Scottish Leaving Certificate Examination, 1955
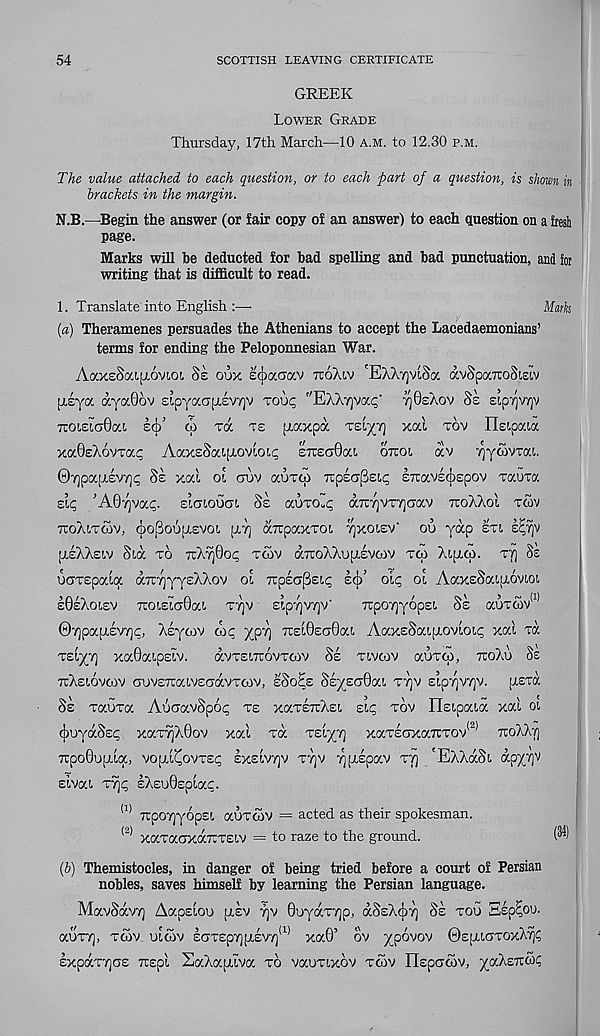
54
SCOTTISH LEAVING CERTIFICATE
GREEK
Lower Grade
Thursday, 17th March—10 a.m. to 12.30 p.m.
The value attached to each question, or to each part of a question, is shown in
brackets in the margin.
N.B.—Begin the answer (or fair copy of an answer) to each question on a fresh
page.
Marks will be deducted for bad spelling and bad punctuation, and for
writing that is difficult to read.
1. Translate into English :—
Maris
(a) Theramenes persuades the Athenians to accept the Lacedaemonians’
terms for ending the Peloponnesian War.
AaxsSaifxovioi Ss oux soaoav ttoAiv 'EAXrjviSa avSpaTraStsov
piya dtyaOov Eipyaafiivyjv roup "EAXtjvocp' -^OsXov §e eipTQV/jv
TcoisiaOat. scj/ (I) va ts [j,axpa
xai tov Hsipaia
xaQeXovTap AaxsSa i[iovioic zizzcdca otcol av ^ymvTai.
@7)pa(J.£V7]p 8s xal oi aov auTqi npecr^siq STcavscfrepov Tauta
Sip 'AByjVap. ELOLOUal Ss OCOTO^P a7i7)VT7]CT0CV TUoXXol TWV
TCOXlTCOV, <])OpOUpL£VOt. [JL7] COtpaXTOl 7JX01SV' OU yap £Tl E^7)V
[xeXXeiv Sia to TrXyjOop tcov aTroXXupiEVWv to) Atproi. tt] Ss
vorspodoc aTuiQyy£XXov oi irpEO'PEt.p e^)’ oLp ol AaxsSaipioviot
E0eXoI£V 7TOLEl(J0at. T7)V £tp7)V7)V'
TEpOT^yOpEI. §£ aUT(OV (1)
@7)papi£V/]p, Xsycov wp ypyj 7r£i0£a0at. AaxsSaipiovioip xai vx
TElyT) XaOaipEtV.
aVTElTUOVTCOV Se TLVCOV aOTW, ttoXu Ss
ttXeiovcov auvETraiVEoavToov, eSoHe SEysaOai, ty]V siprjvy]V. [lstk
Ss Taura AuaavSpop te xoctettXei. sip tov nstpoaa xal oi
(jiuyaSsp xaT7]X0ov xal Ta TEiyT] xaTEcrxaTCTOv (2) ttoXXt)
7rpO0UpLLa, VOpil^OVTEp £XeIv7]V T7)V ^(AEpaV tyj 'EXXaSt, apyTjV
sivai T^p EX£u0£plap.
(1) TrpOTjyopEL aUTCOV == acted as their spokesman.
<2) xaTaoxaxTELV = to raze to the ground.
(b) Themistocles, in danger of being tried before a court of Persian
nobles, saves himself by learning the Persian language.
MavSavr) Aapsloo [lev t]v 0oyaT7]p, aSsXcJiT) Se too Ssp^ou.
aOTT), TOOV uloov ECJT£p7][I,£Vy] (1) xa0’ ov xpovov 0£[XiaTOxX7)P
sxpaTTjOE Tcspl SaXaiAva to vaoTixov tcov riEpcrcov, yaXeTrwp